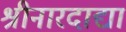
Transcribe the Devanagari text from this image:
श्रीनारदाद्या